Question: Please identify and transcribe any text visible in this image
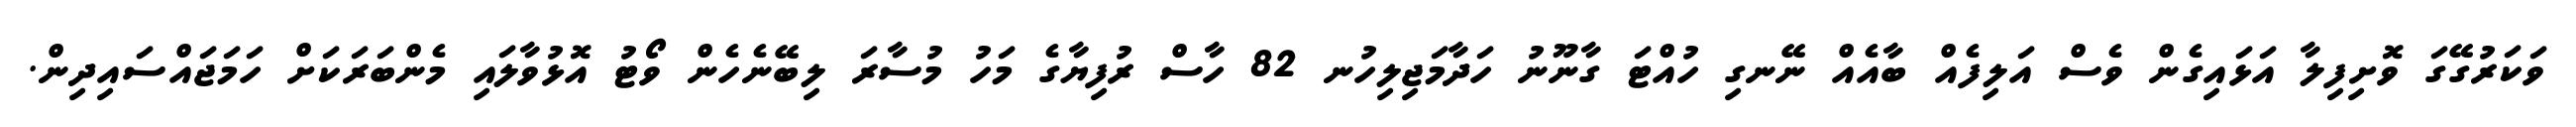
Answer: ވަކަރުގޭގަ ވޮށިފިލާ އަޅައިގެން ވެސް އަލިފެއް ބާއެއް ނޭނގި ހުއްޓަ ގާނޫނު ހަދާމަޖިލިހުނ 82 ހާސް ރުފިޔާގެ މަހު މުސާރަ ލިބޭނެހެން ވޯޓު އޮޅުވާލައި މެންބަރަކަށް ހަމަޖައްސައިދިން.